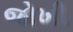
જોખી